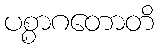
ပစ္စာဂတောတိ